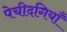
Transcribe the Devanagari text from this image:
पेचीदगियाँ